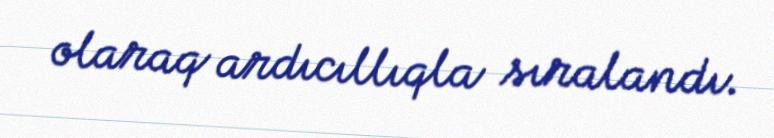
olaraq ardıcıllıqla sıralandı.